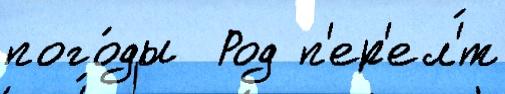
пого́ды  Род п'ер'ел'́т